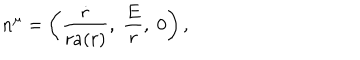
n ^ { \mu } = \left( \frac { \dot { r } } { r a ( r ) } , \; \frac { E } { r } , \; 0 \right) ,